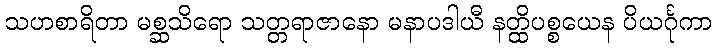
သဟစာရိတာ မစ္ဆသိရော သတ္တရာဇာနော မနာပဒါယီ နတ္ထိပစ္စယေန ပိယင်္ဂုကာ